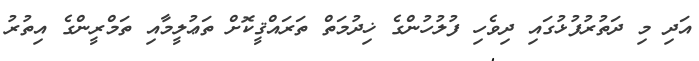
އަދި މި ދަތުރުފުޅުގައި ދިވެހި ފުލުހުންގެ ޚިދުމަތް ތަރައްޤީކޮށް ތަޢުލީމާއި ތަމްރީންގެ އިތުރު